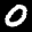
Digit: 0